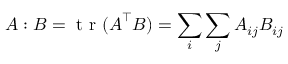
\boldsymbol { A } : \boldsymbol { B } = \mathrm { ~ t ~ r ~ } ( \boldsymbol { A } ^ { \top } \boldsymbol { B } ) = \sum _ { i } \sum _ { j } A _ { i j } B _ { i j }